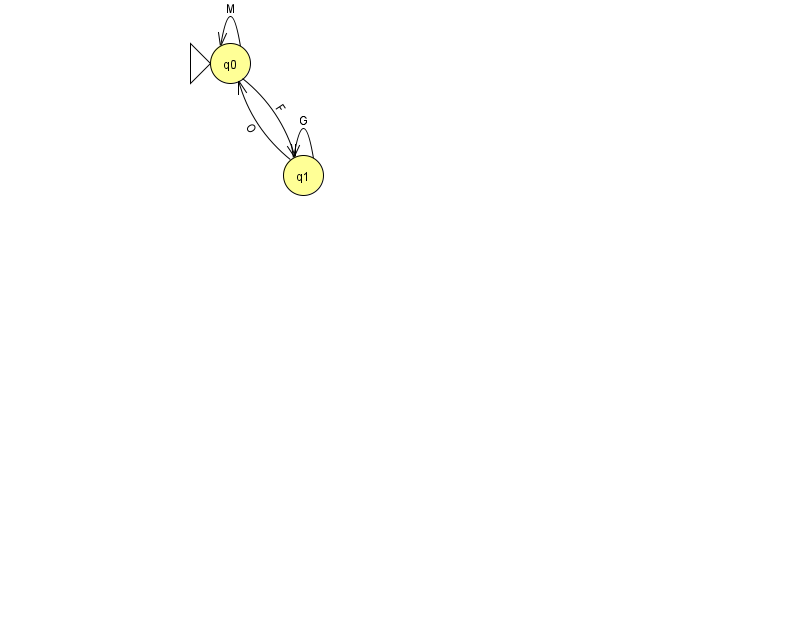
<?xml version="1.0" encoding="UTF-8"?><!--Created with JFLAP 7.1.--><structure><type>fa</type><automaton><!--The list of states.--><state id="0" name="q0"><x>230.0</x><y>50.0</y><initial/></state><state id="1" name="q1"><x>303.0</x><y>162.0</y></state><!--The list of transitions.--><transition><from>1</from><to>0</to><read>O</read></transition><transition><from>1</from><to>1</to><read>G</read></transition><transition><from>0</from><to>1</to><read>F</read></transition><transition><from>0</from><to>0</to><read>M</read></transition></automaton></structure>